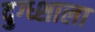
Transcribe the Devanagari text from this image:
दुग्ध्शाला